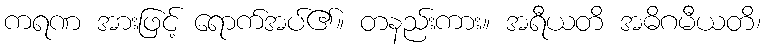
ကရဏ အားဖြင့် ရောက်အပ်၏။ တနည်းကား။ အရီယတိ အဓိဂမီယတိ၊